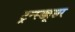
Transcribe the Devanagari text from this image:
ट्रन्स्ड्यूसर